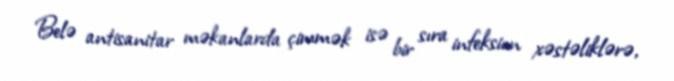
Belə antisanitar məkanlarda çimmək isə bir sıra infeksion xəstəliklərə,